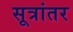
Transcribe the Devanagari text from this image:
सूत्रांतर